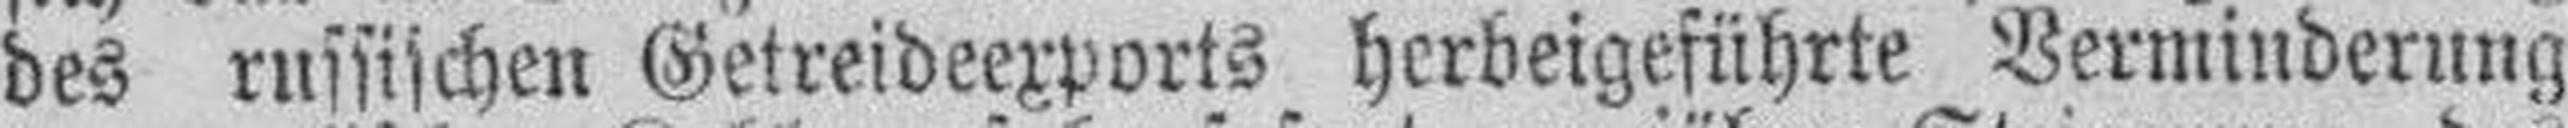
des russischen Getreideexports herbeigeführte Verminderung